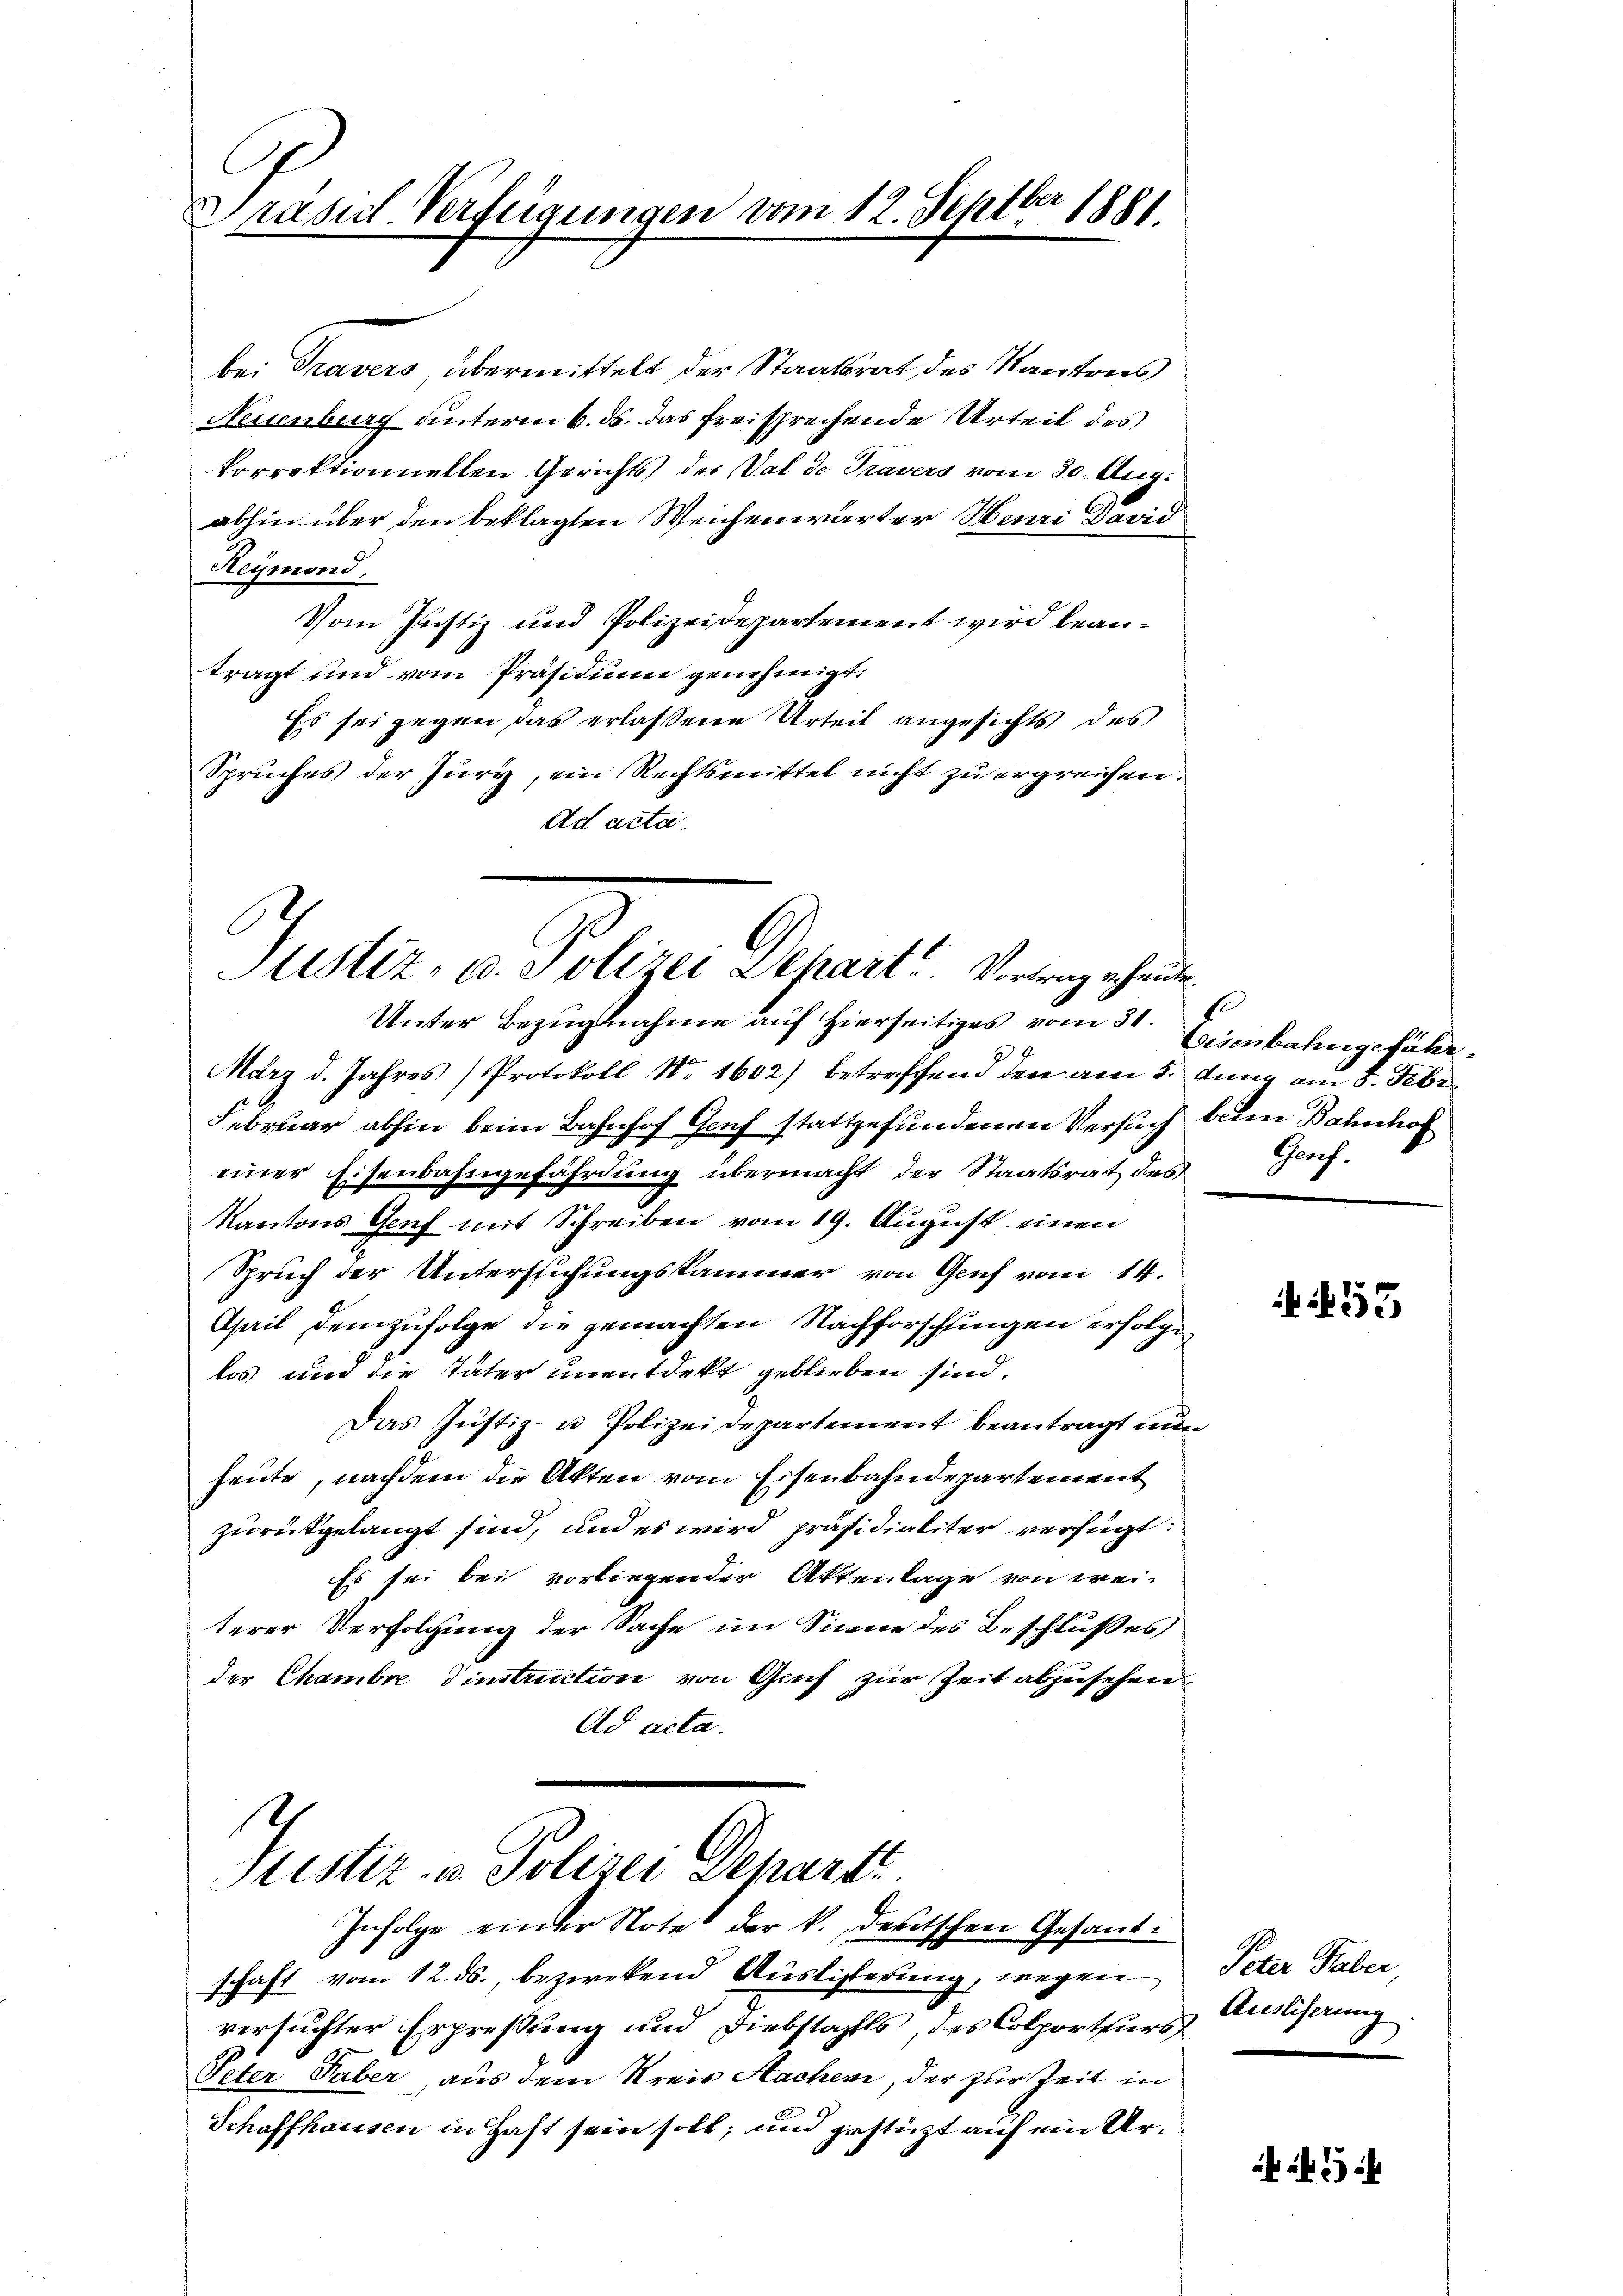
Präsid. Verfügungen vom 12. Septber 1881.

bei Travers übermittelt der Staatsrat des Kantons
Nessenburg unterm 6. ds. das freisprechende Urteil des
korrektionnellen Gerichts der Val de Travers vom 30. Aug.
abhin über den beklagten Weichenwärter Heuri David
Reymond,
Vom Justiz und Polizeidepartement wird beanträgt und vom Präsidium genehmigt:
Es sei gegen das erlassene Urteil angesichts des
Spruches der Jury, ein Rechtsmittel nicht zu ergreifen.
Ad acta.
März d. Jahres Protokoll Nr 1602) betreffend den am 5. Jung am 3. Febr
Februar abhin beim Bahnhof Genf stattgefundenen Versuch beim Bahnhof
einer Eisenbahngefährdung übermacht der Staatsrat des
Kantons Genf mit Schreiben vom 19. August einen
Spruch der Untersuchungskammer von Genf vom 14.
April demzufolge die gemachten Nachforschfingen erfolgelos und die Täter unentdekt geblieben sind.
Das Justiz- u Polizeidepartement beantragt nun
heute, nachdem die Akten vom Eisenbahndepartement
zurückgelangt sind, und es wird präsidialiter verfügt:
Es sei bei vorliegender Aktenlage von wei-
terer Verfolgung der Sache im Sinne des Beschlußes
der Chambre Dinstruction von Gruf zur Zeit abzusehen¬
Ad acta.
s

.
Justiz- u. Polizei Depart. Vortrag erhanden
Unter Bezugnahme auf hierseitiges vom 31. Eisenbahngefälle

Justiz u. Polizei Depart
Infolge einer Note der k. deutschen Gesand¬

schaft vom 12. ds., bezwekend Auslisterung, wegen
versuchter Erpressung und Diebstahls, des Colporteurs,
Peter Taber, aus dem Kreis Sachen, der zur Zeit in
Schaffhausen in Hast sein soll; und gestützt auf ein Ur¬

Greif.

53

Peter Faber,
Ausliserung